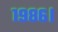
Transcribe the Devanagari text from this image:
१९८६।